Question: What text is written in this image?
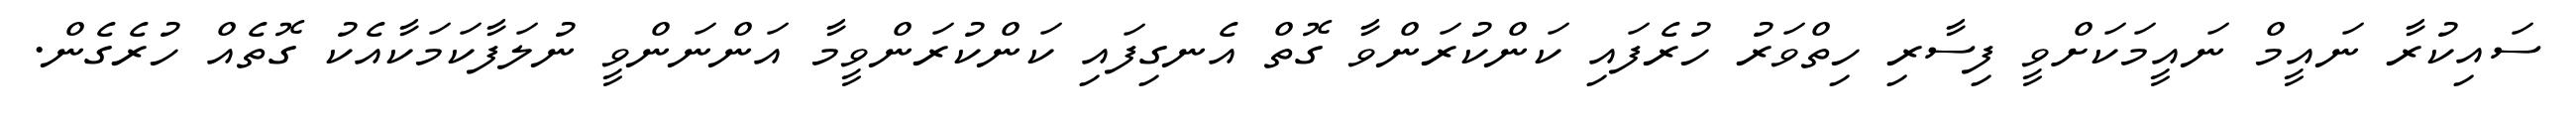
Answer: ސައިކުރާ ނައީމް ނައީމަކަށްވީ ފިސާރި ހިތްވަރު ހުރެފައި ކަންކުރަންވާ ގޮތް އެނގިފައި ކަންކުރަންވީމާ އަންނަންވީ ނުލަފާކަމަކާއެކު ގޮތެއް ހުރެގެން.